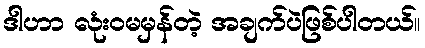
ဒါဟာ လုံးဝမမှန်တဲ့ အချက်ပဲဖြစ်ပါတယ်။